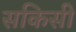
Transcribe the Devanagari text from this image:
सकिसी